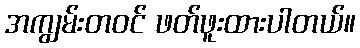
အကျွမ်းတဝင် ဖတ်ဖူးထားပါတယ်။